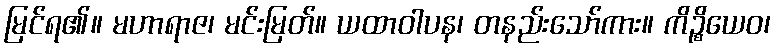
မြင်ရ၏။ မဟာရာဇ၊ မင်းမြတ်။ ယထာဝါပန၊ တနည်းသော်ကား။ ကိဉ္စိယေဝ၊